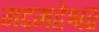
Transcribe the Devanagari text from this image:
मदमहेश्वर